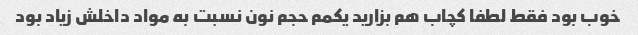
خوب بود فقط لطفا کچاب هم بزارید یکمم حجم نون نسبت به مواد داخلش زیاد بود